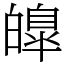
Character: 皥